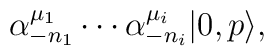
\alpha^{\mu_1}_{-n_1}\cdots \alpha^{\mu_i}_{-n_i} |0,p\rangle,